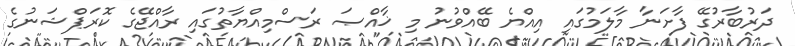
ދަރުބާރުގޭ ފާށަނާ މާލަމުގައި އިއްޔެ ބޭއްވުނު މި ޚާއްޞަ ރަސްމިއްޔާތުގައި ރާއްޖޭގެ ކޮރަޕްޝަނުގެ